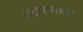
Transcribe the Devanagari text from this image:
दंद्वामधून